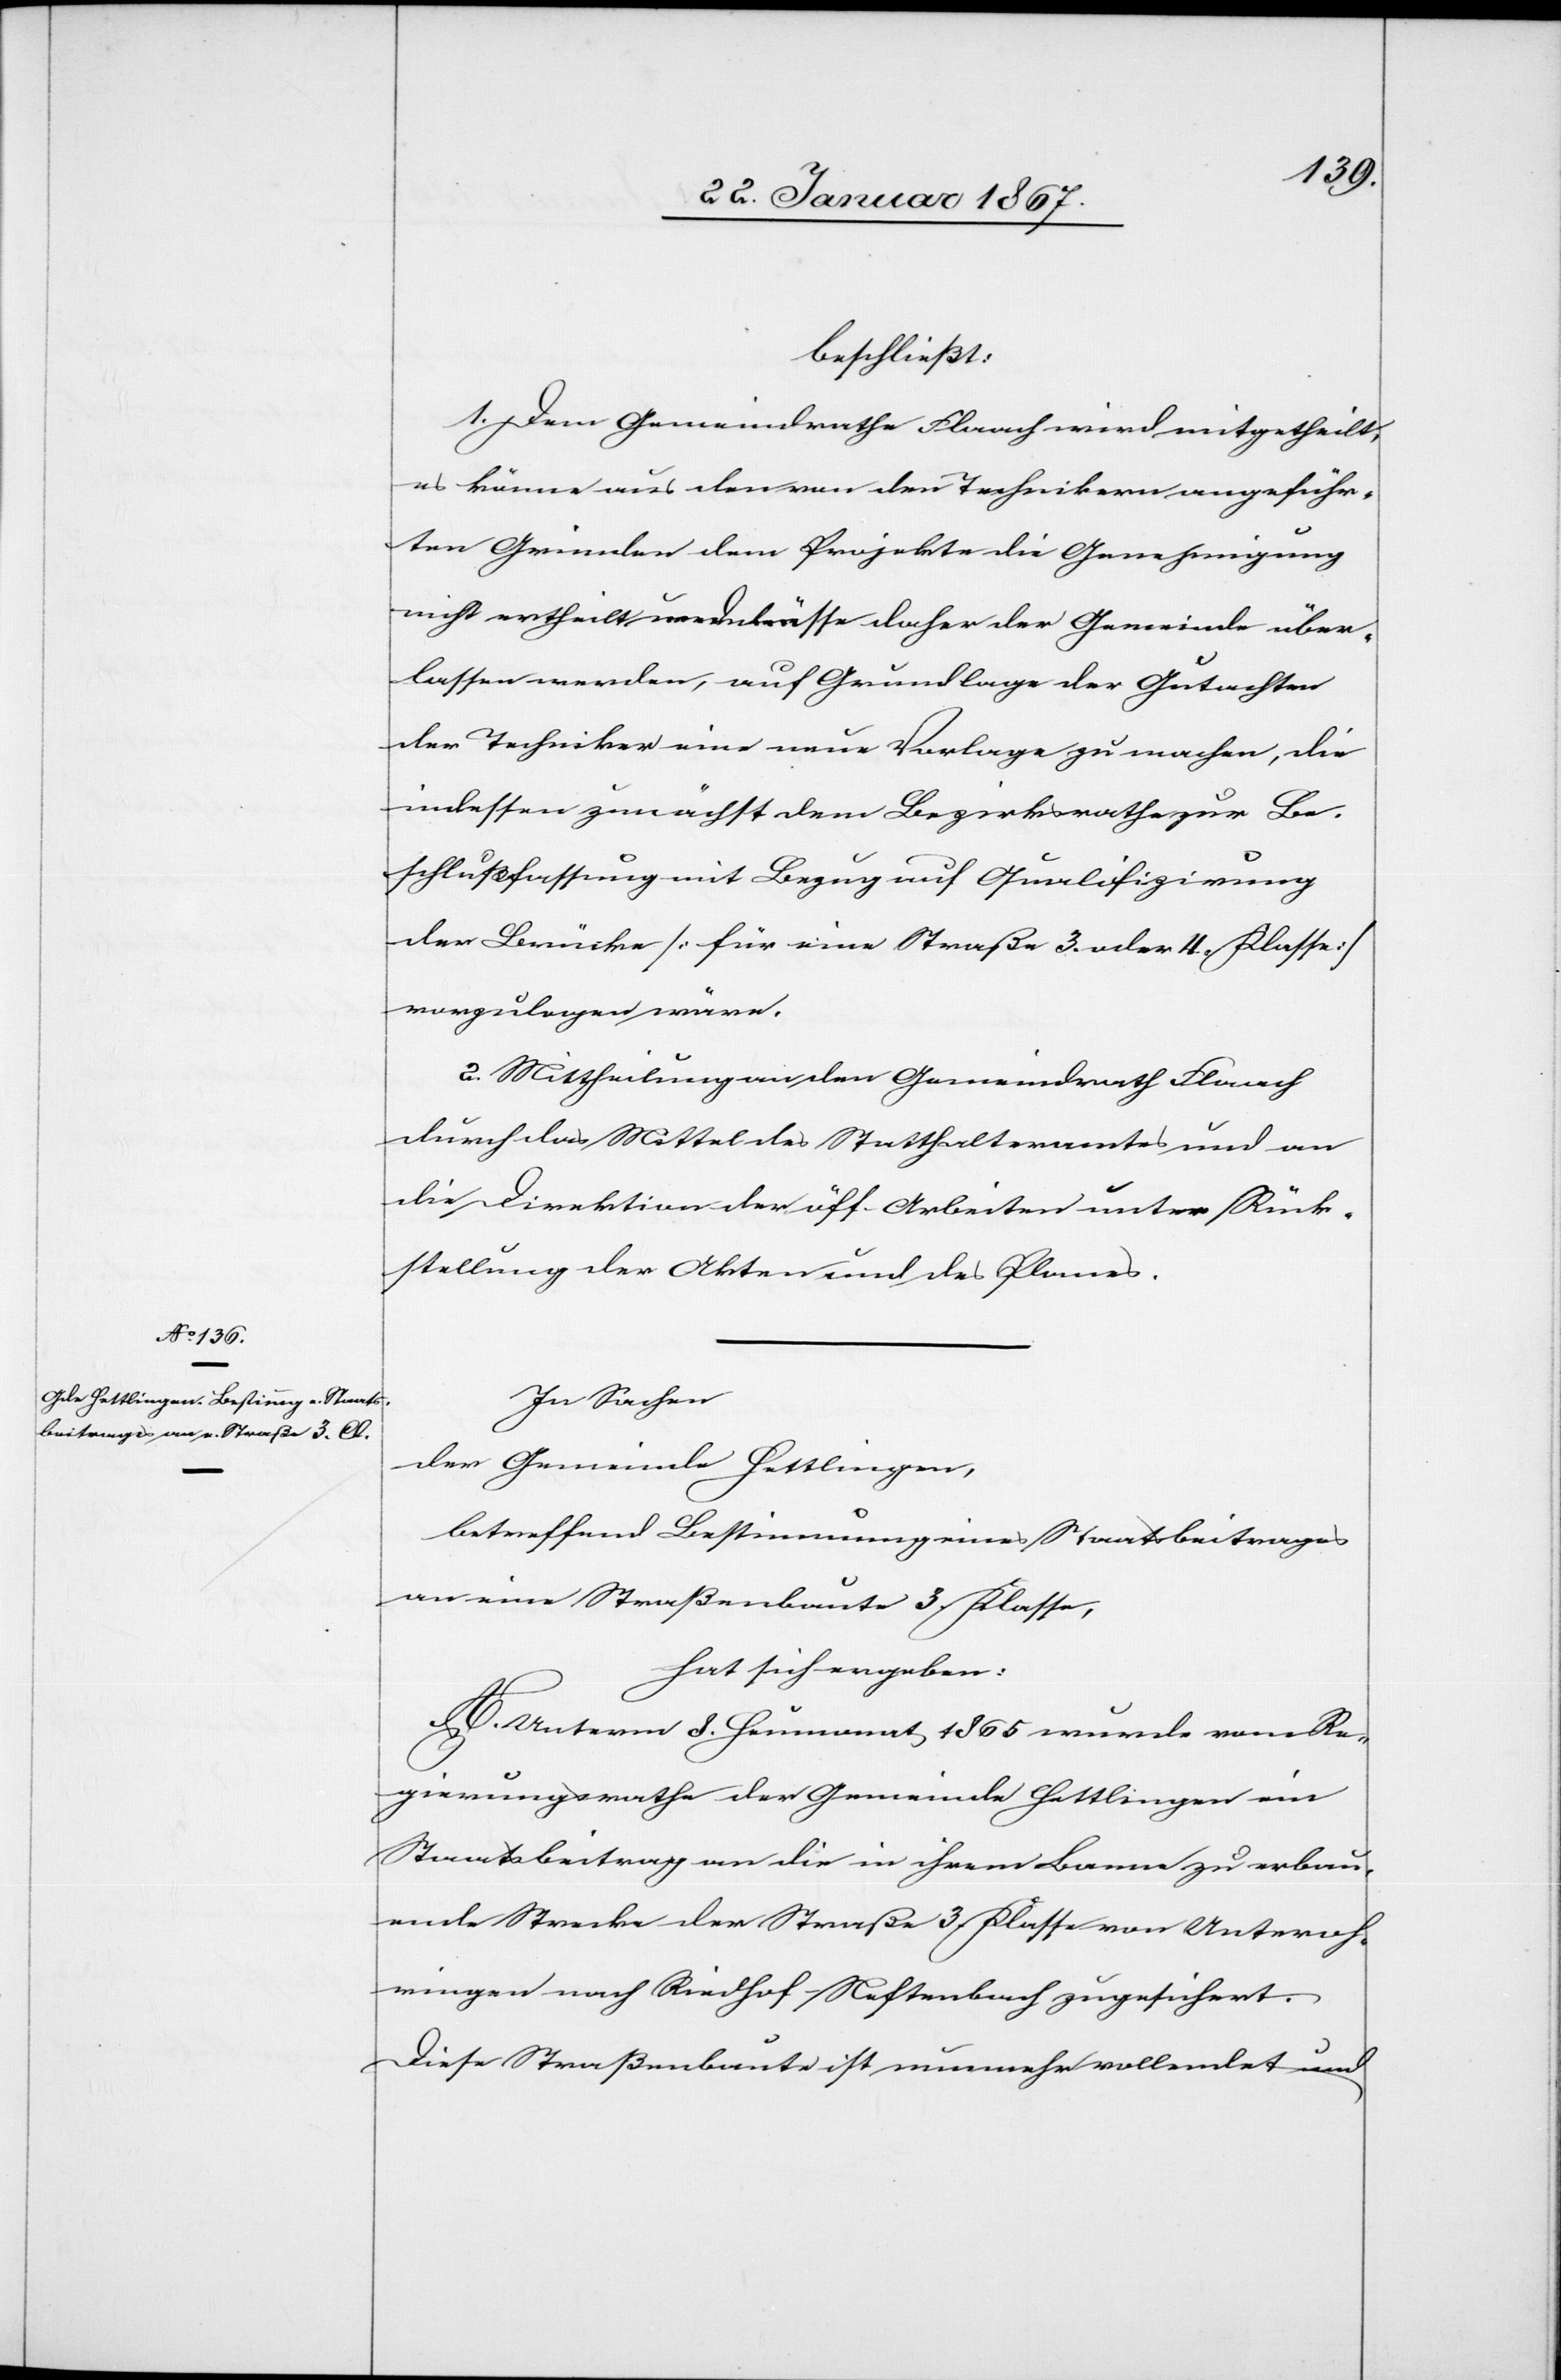
beschließt:
1. Dem Gemeinderathe Flaach wird mitgetheilt,
es könne aus den von den Technikern angeführ¬
ten Gründen dem Projekte die Genehmigung
nicht ertheilt und daher der Gemeinde über¬
lassen werden, auf Grundlage der Gutachten
dem Techniker eine neue Vorlage zu machen, die
indessen zunächst dem Bezirksrathe zur Be¬
schlußfassung mit Bezug auf Qualifizierung
der Brücke [für eine Straße 3. oder 4. Klasse]
vorzulegen wäre.
2. Mittheilung an den Gemeinderath Flaach
durch das Mittel des Statthalteramtes und an
die Direktion der öff. Arbeiten unter Rück¬
stellung der Akten und des Planes.
In Sachen
der Gemeinde Hettlingen,
betreffend Bestimmung eines Staatsbeitrages
an eine Straßenbaute 3. Klasse,
hat sich ergeben:
A. Unterm 8. Heumonat 1865 wurde vom Re¬
gierungsrathe der Gemeinde Hettlingen ein
Staatsbeitrag an die in ihrem Banne zu erbau¬
ende Strecke der Straße 3. Klasse von Unteroh¬
ringen nach Riedhof - Neftenbach zugesichert.
Diese Straßenbaute ist nunmehr vollendet und